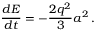
\frac { d E } { d t } = - \frac { 2 q ^ { 2 } } { 3 } a ^ { 2 } \, .